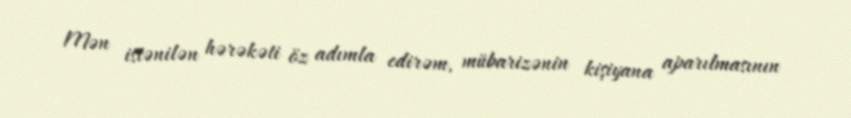
Mən istənilən hərəkəti öz adımla edirəm, mübarizənin kişiyana aparılmasının